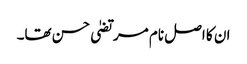
ان کا اصل نام مرتضیٰ حسن تھا۔